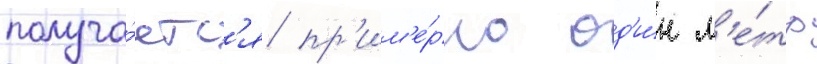
получа́етс'я пр'им'е́рно од'и́н м'е́тр